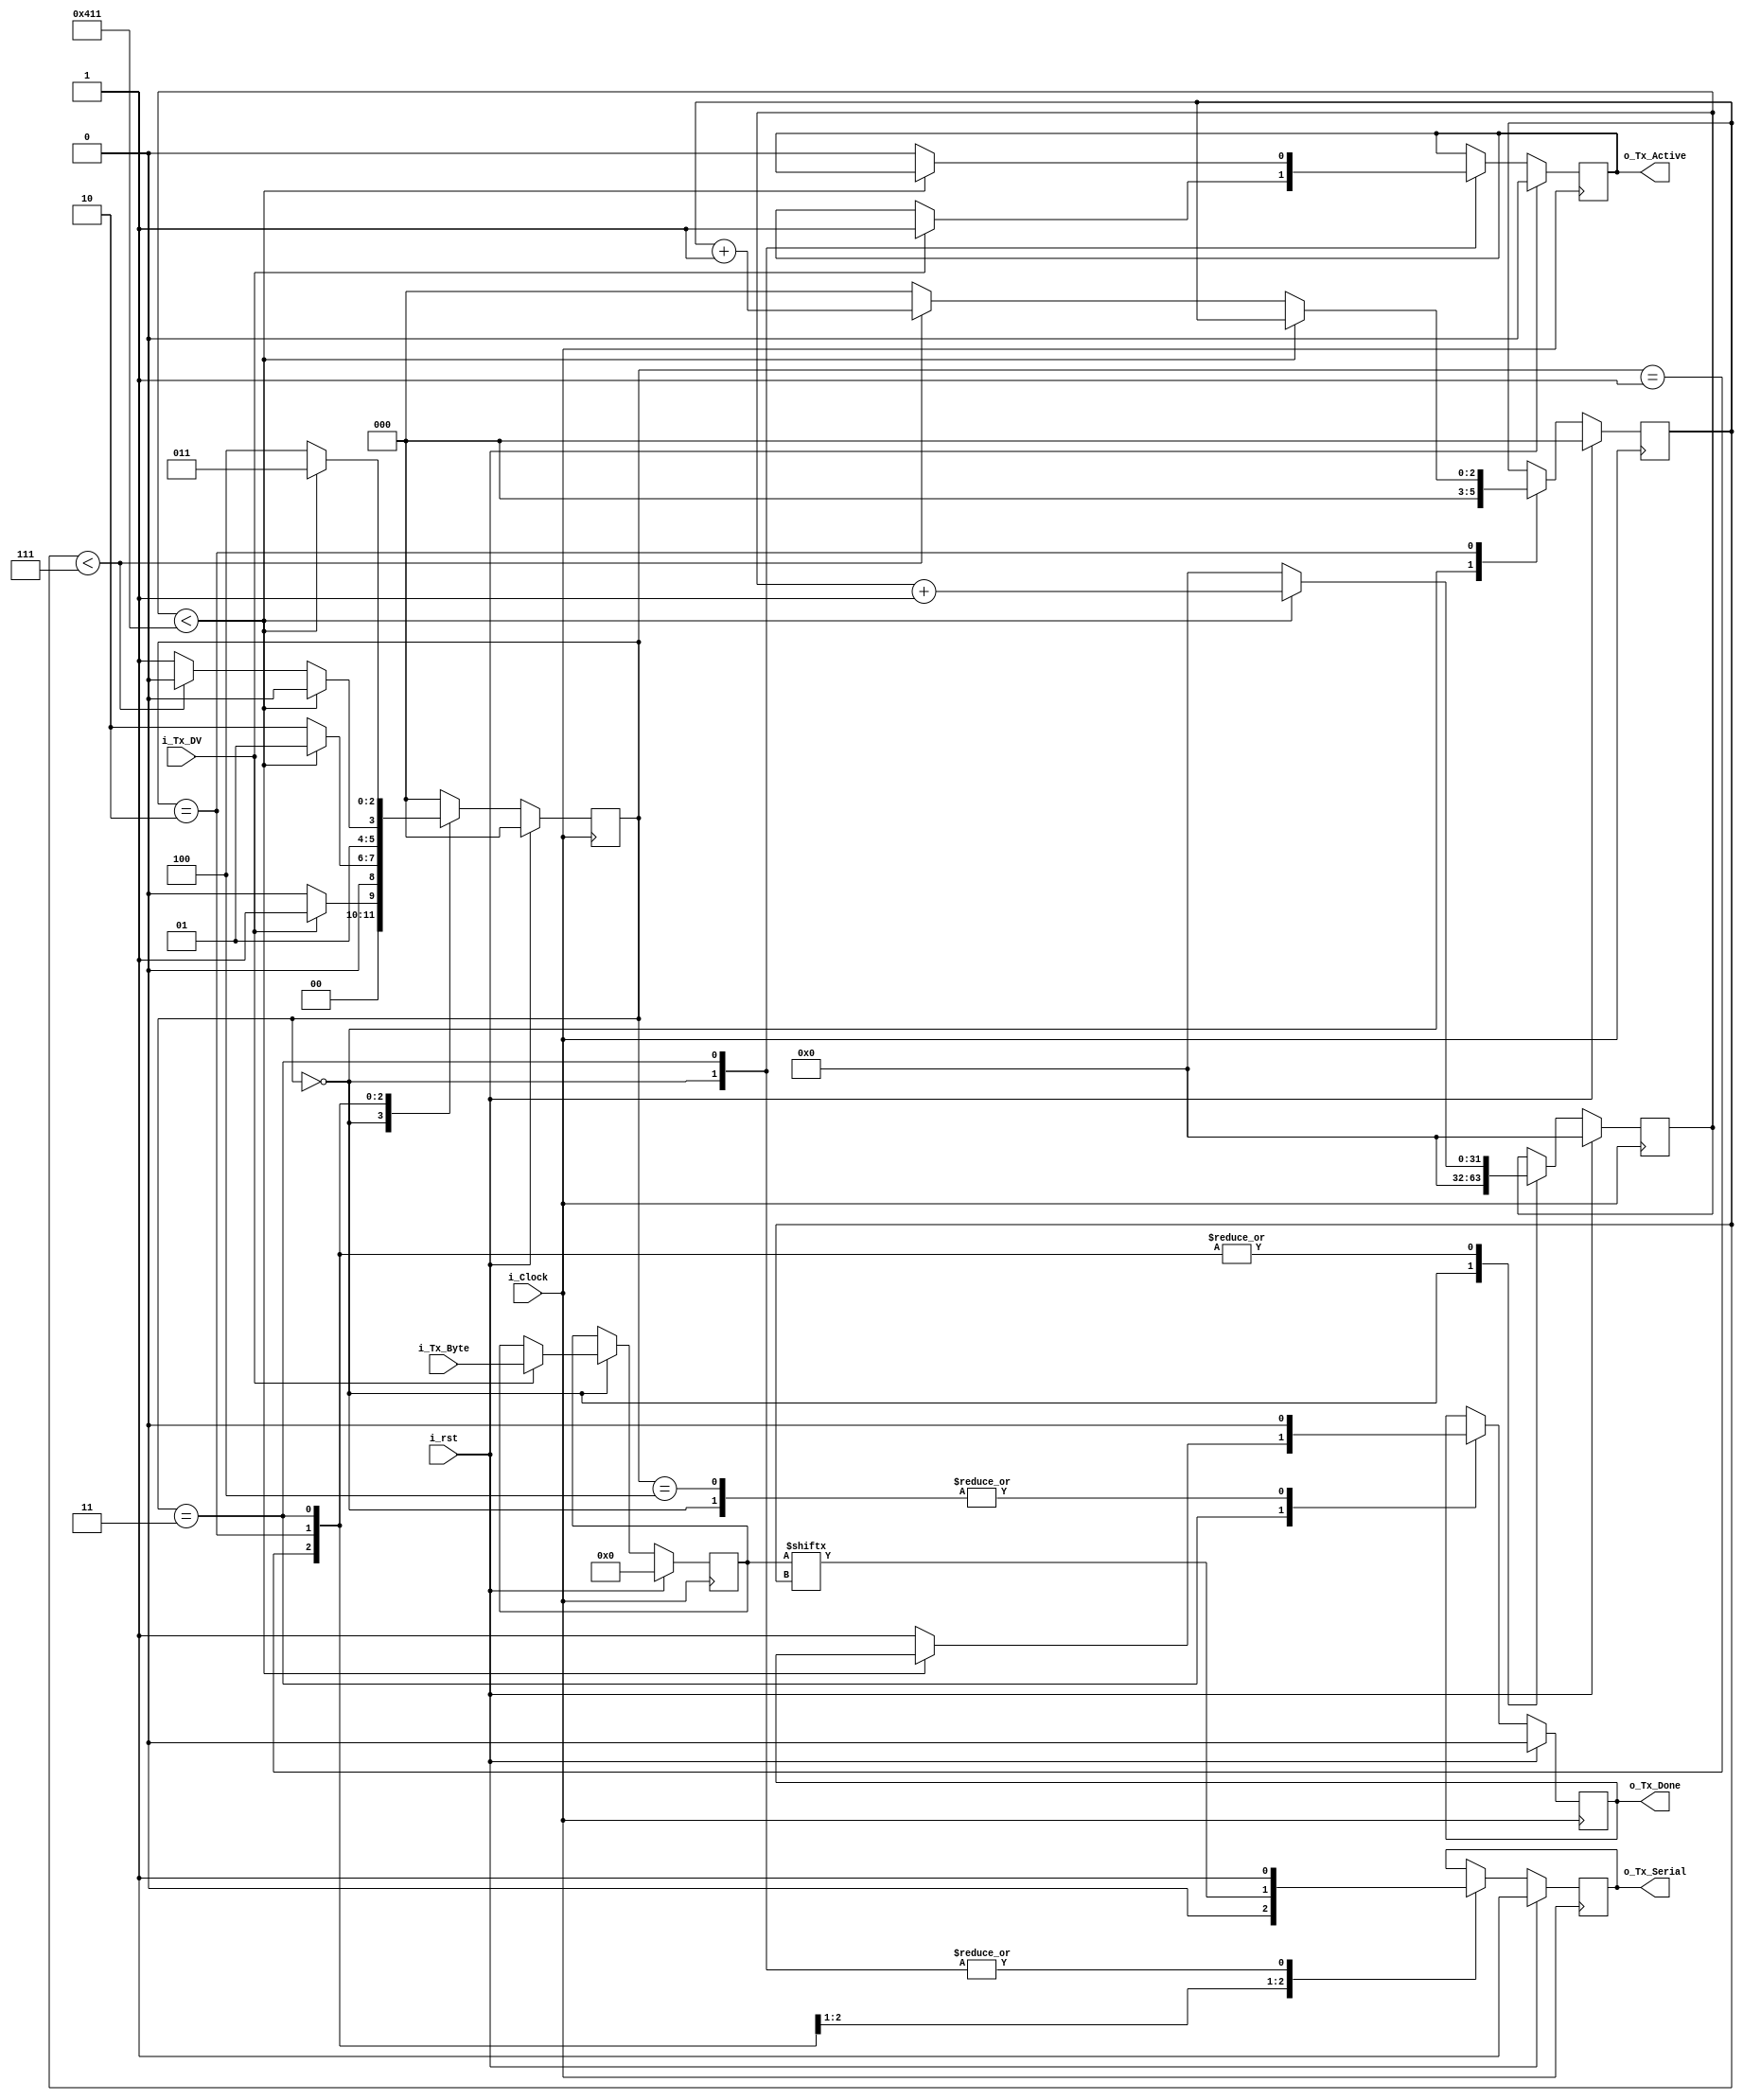
/*********************************************************************

file: uart_tx.v
author: Eloise Perrochet
description:

This file contains the UART Transmitter.  This transmitter is able
to transmit 8 bits of serial data, one start bit, one stop bit,
and no parity bit.  When transmit is complete o_Tx_done will be
driven high for one clock cycle.

Set Parameter CLKS_PER_BIT as follows:
CLKS_PER_BIT = (Frequency of i_Clock)/(Frequency of UART)
Example: 10 MHz Clock, 115200 baud UART
(10000000)/(115200) = 87

NOTE: This UART logic was created based on code from:
http://www.nandland.com

**********************************************************************/

/*********************************************************************
file: uart_tx.v (version 2)
author: Arom Miranda
description:
-Correction in state machine previous version not working, check nandland.com for further information
**********************************************************************/

/*********************************************************************
upgrade: Victor Vasquez
description: added reset signal.
             pretty formating and tabulation
**********************************************************************/

module uart_tx
  #(parameter CLKS_PER_BIT=1042)
  (
   input       i_Clock, // input clock
   input 	     i_rst,
   input       i_Tx_DV, // data valid ?
   input [7:0] i_Tx_Byte, // byte to be transmitted
   output      o_Tx_Active, // to show transmission in progress
   output reg  o_Tx_Serial = 1'b1, // serial output
   output      o_Tx_Done
   );
   
  localparam s_IDLE         = 3'b000;
  localparam s_TX_START_BIT = 3'b001;
  localparam s_TX_DATA_BITS = 3'b010;
  localparam s_TX_STOP_BIT  = 3'b011;
  localparam s_CLEANUP      = 3'b100;

  reg [2:0]    r_SM_Main     = 0;
  reg [31:0]   r_Clock_Count = 0;
  reg [2:0]    r_Bit_Index   = 0;
  reg [7:0]    r_Tx_Data     = 0;
  reg          r_Tx_Done     = 0;
  reg          r_Tx_Active   = 0;

  always @(posedge i_Clock) begin
    if (i_rst) begin
      o_Tx_Serial   <= 1'b1;
      r_Clock_Count <= 0;
      r_SM_Main     <= s_IDLE;
      r_Bit_Index   <= 1'b0;
      r_Tx_Data     <= 8'h0;
      r_Tx_Done     <= 1'b0;
      r_Tx_Active   <= 1'b0;
    end
    else begin
      case (r_SM_Main)
        s_IDLE : begin
          o_Tx_Serial   <= 1'b1;         // Drive Line High for Idle
          r_Tx_Done     <= 1'b0;
          r_Clock_Count <= 0;
          r_Bit_Index   <= 0;

          if (i_Tx_DV == 1'b1) begin
            r_Tx_Active <= 1'b1;
            r_Tx_Data   <= i_Tx_Byte;
            r_SM_Main   <= s_TX_START_BIT;
          end
          else
            r_SM_Main <= s_IDLE;
        end // case: s_IDLE

        // Send out Start Bit. Start bit = 0
        s_TX_START_BIT : begin
          o_Tx_Serial <= 1'b0;
          // Wait CLKS_PER_BIT-1 clock cycles for start bit to finish
          if (r_Clock_Count < CLKS_PER_BIT-1) begin
            r_Clock_Count <= r_Clock_Count + 1;
            r_SM_Main     <= s_TX_START_BIT;
          end
          else begin
            r_Clock_Count <= 0;
            r_SM_Main     <= s_TX_DATA_BITS;
          end
        end // case: s_TX_START_BIT

        // Wait CLKS_PER_BIT-1 clock cycles for data bits to finish
        s_TX_DATA_BITS : begin
          o_Tx_Serial <= r_Tx_Data[r_Bit_Index];

          if (r_Clock_Count < CLKS_PER_BIT-1) begin
            r_Clock_Count <= r_Clock_Count + 1;
            r_SM_Main     <= s_TX_DATA_BITS;
          end
          else begin
            r_Clock_Count <= 0;
            // Check if we have sent out all bits
            if (r_Bit_Index < 7) begin
              r_Bit_Index <= r_Bit_Index + 1'b1;
              r_SM_Main   <= s_TX_DATA_BITS;
            end
            else begin
              r_Bit_Index <= 0;
              r_SM_Main   <= s_TX_STOP_BIT;
            end
          end
        end // case: s_TX_DATA_BITS

        // Send out Stop bit.  Stop bit = 1
        s_TX_STOP_BIT : begin
          o_Tx_Serial <= 1'b1;
          // Wait CLKS_PER_BIT-1 clock cycles for Stop bit to finish
          if (r_Clock_Count < CLKS_PER_BIT-1) begin
            r_Clock_Count <= r_Clock_Count + 32'd1;
            r_SM_Main     <= s_TX_STOP_BIT;
          end
          else begin
            r_Tx_Done <= 1'b1;
            r_Clock_Count <= 0;
            r_SM_Main     <= s_CLEANUP; //antes s_CLEANUP
            r_Tx_Active   <= 1'b0;
          end
        end // case: s_Tx_STOP_BIT

        // Stay here 1 clock
        s_CLEANUP : begin
          r_Tx_Done <= 1'b0; //*******************************
          r_SM_Main <= s_IDLE;
        end

        default :
          r_SM_Main <= s_IDLE;

      endcase
    end
  end

  assign o_Tx_Active = r_Tx_Active;
  assign o_Tx_Done   = r_Tx_Done;

endmodule